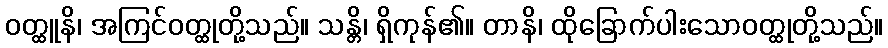
ဝတ္ထူနိ၊ အကြင်ဝတ္ထုတို့သည်။ သန္တိ၊ ရှိကုန်၏။ တာနိ၊ ထိုခြောက်ပါးသောဝတ္ထုတို့သည်။